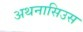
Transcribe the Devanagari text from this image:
अथनासिउस